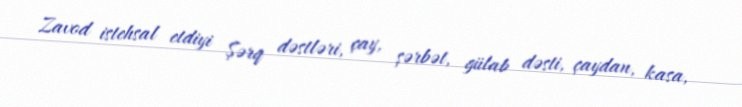
Zavod istehsal etdiyi Şərq dəstləri, çay, şərbət, gülab dəsti, çaydan, kasa,